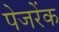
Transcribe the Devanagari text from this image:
पेजरेंक